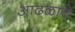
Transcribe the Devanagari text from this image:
आढळाचे